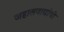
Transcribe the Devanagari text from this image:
जहालवाद्यांची